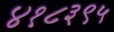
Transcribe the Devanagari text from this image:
४१८३९५